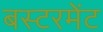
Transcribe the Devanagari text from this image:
बस्टरमेंट